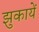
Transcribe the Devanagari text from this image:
झुकायें